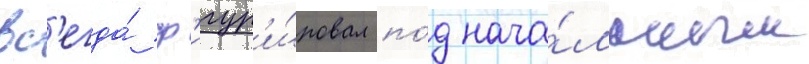
вс'егда́ ф'игур'и́ровал по́д нача́льным